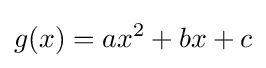
g(x)=ax^{2}+bx+c